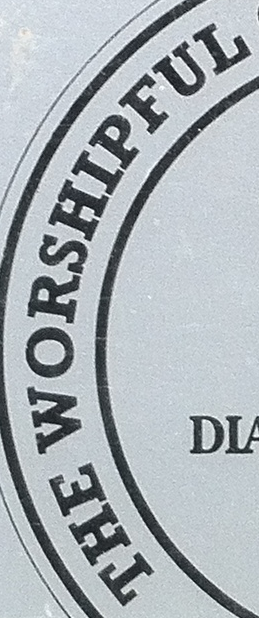
THE WORSHIPFUL